Indian journal of veterinary science and animal husbandry - Volume 1,
Year: 1931
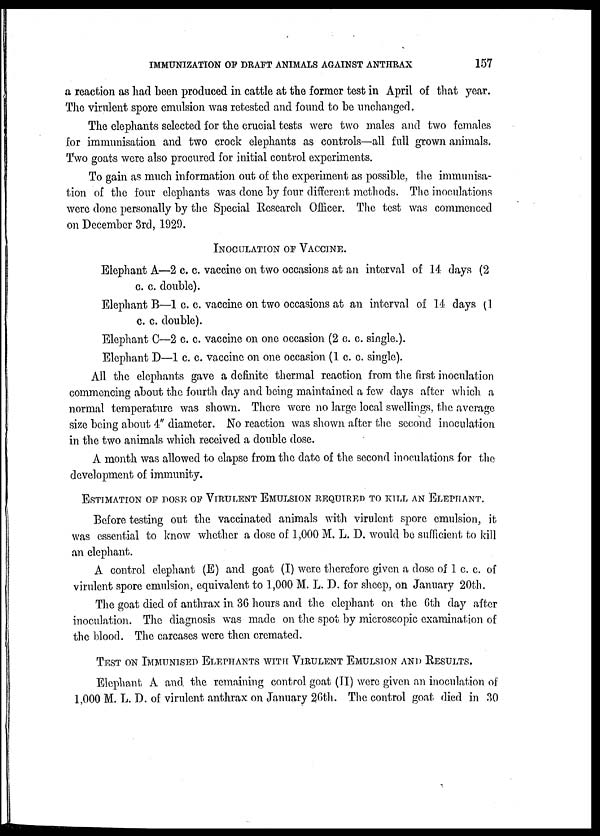
IMMUNIZATION OF DRAFT ANIMALS AGAINST ANTHRAX
157
a reaction as had been produced in cattle at the former test in April of that year.
The virulent spore emulsion was retested and found to be unchanged.
The elephants selected for the crucial tests were two males and two females
for immunisation and two crock elephants as controls—all full grown animals.
Two goats were also procured for initial control experiments.
To gain as much information out of the experiment as possible, the immunisa-
tion of the four elephants was done by four different methods. The inoculations
were done personally by the Special Research Officer. The test was commenced
on December 3rd, 1929.
INOCULATION OF VACCINE.
Elephant A—2 c. c. vaccine on two occasions at an interval of 14 days (2
c. c. double).
Elephant B—1 c. c. vaccine on two occasions at an interval of 14 days (1
c. c. double).
Elephant C—2 c. c. vaccine on one occasion (2 c. c. single.).
Elephant D—1 c. c. vaccine on one occasion (1 c. c. single).
All the elephants gave a definite thermal reaction from the first inoculation
commencing about the fourth day and being maintained a few days after which a
normal temperature was shown. There were no large local swellings, the average
size being about 4" diameter. No reaction was shown after the second inoculation
in the two animals which received a double dose.
A month was allowed to elapse from the date of the second inoculations for the
development of immunity.
ESTIMATION OF DOSE OF VIRULENT EMULSION REQUIRED TO KILL AN ELEPHANT.Before tes
was essential to know whether a dose of 1,000 M. L. D. would be sufficient to kill
an elephant.
A control elephant (E) and goat (I) were therefore given a dose of 1 c. c. of
virulent spore emulsion, equivalent to 1,000 M. L. D. for sheep, on January 20th.
The goat died of anthrax in 36 hours and the elephant on the 6th day after
inoculation. The diagnosis was made on the spot by microscopic examination of
the blood. The carcases were then cremated.
TEST ON IMMUNISED ELEPHANTS WITH VIRULENT EMULSION AND RESULTS.
Elephant A and the remaining control goat (II) were given an inoculation of
1,000 M. L. D. of virulent anthrax on January 26th. The control goat died in 30